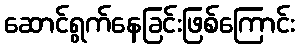
ဆောင်ရွက်နေခြင်းဖြစ်ကြောင်း